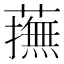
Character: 𧁵